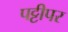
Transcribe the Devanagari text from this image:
पट्टीपर